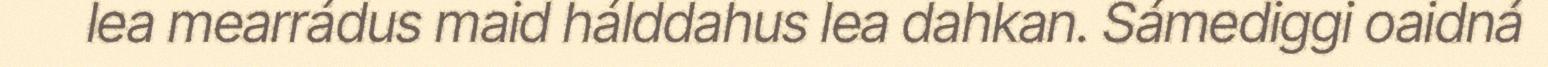
lea mearrádus maid hálddahus lea dahkan. Sámediggi oaidná